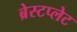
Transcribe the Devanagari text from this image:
ब्रेस्टप्लेट